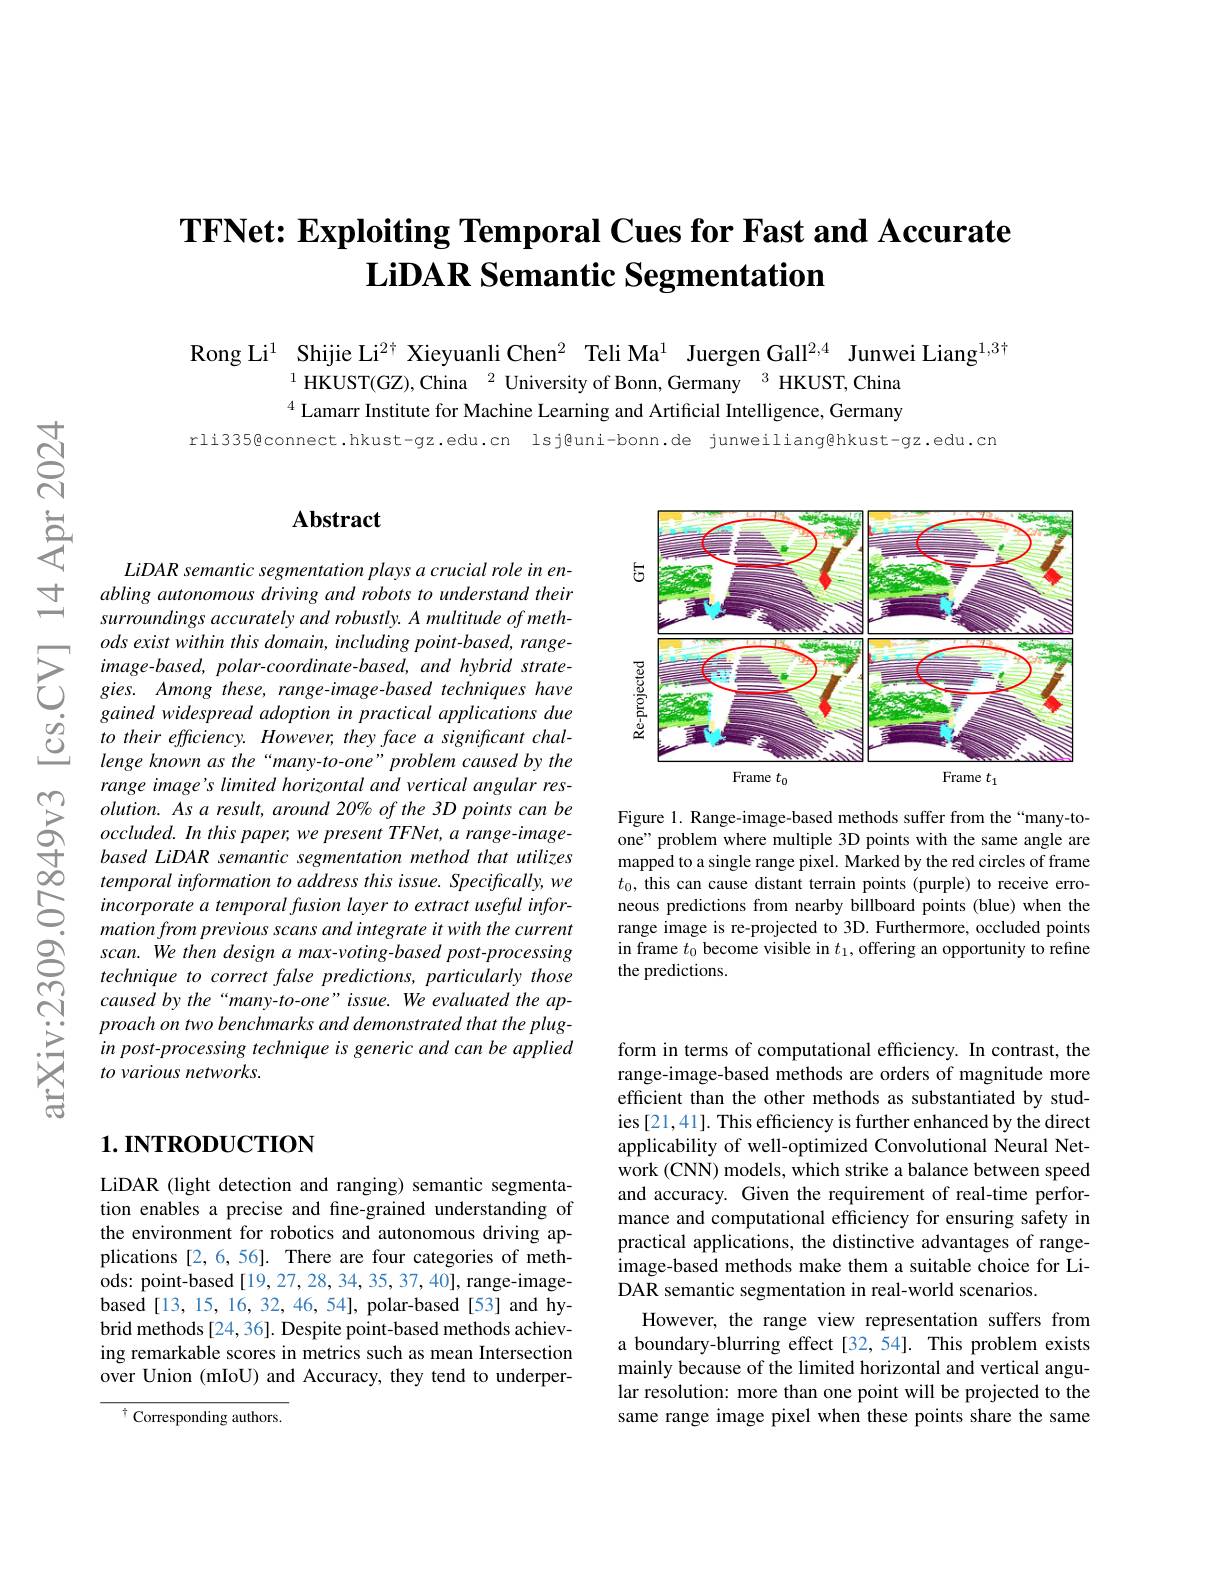
# TFNet: Exploiting Temporal Cues for Fast and Accurate $\textbf{LiDAR Semantic Segmentation}$

Rong Li$^{1}$ Shijie Li$^{2\dagger}$ Xieyuanli Chen$^{2}$ Teli Ma$^{1}$ Juergen Gall$^{2,4}$ Junwei Liang$^{1,3\dagger}$
$^{1}$HKUST(GZ),China$^{2}$University of Bonn, Germany$^{3}$HKUST, China $^{4}$ Lamarr Institute for Machine Learning and Artificial Intelligence, Germany

rli335@connect.hkust-gz.edu.cn lsj@uni-bonn.de junweiliang@hkust-gz.edu.cn

### $\mathbf{Abstract}$

LiDAR semantic segmentation plays a crucial role in enabling autonomous driving and robots to understand their surroundings accurately and robustly. A multitude of meth- $ods\textit{ exist within this domain, including point- based, range- }$ $image-based,polar-coordinate-based,andhybridstrate-$ gies. Among these, range-image-based techniques have gained widespread adoption in practical applications due to their efficiency. However, they face a significant challenge known as the“many- to- one” problem caused by the range image's limited horizontal and vertical angular res- $olution.$ As a result, around 20% of the 3D points can be $occluded.In$ this paper, we present TFNet, a range- imagebased LiDAR semantic segmentation method that utilizes temporal information to address this issue. Specifically, we incorporate a temporal fusion layer to extract useful information from previous scans and integrate it with the current scan. We then design a max-voting-based post-processing technique to correct false predictions, particularly those
$\begin{array}{ccc}&\text{technique to correct false predictions, particularly those}\\\text{CN}&\text{caused by the“many-to-one”issue.We evaluated the ap-}\\&\text{proach on two benchmarks and demonstrated that the plug-}\end{array}$
proach on two benchmarks and demonstrated that the plugin post-processing technique is generic and can be applied to various networks.

# 1. INTRODUCTION

LiDAR (light detection and ranging) semantic segmentation enables a precise and fine-grained understanding of the environment for robotics and autonomous driving applications [2,6,56]. There are four categories of methods: point-based[19,27,28,34,35,37,40], range-imagebased[13,15,16,32,46,54], polar-based[53] and hybrid methods[24,36]. Despite point-based methods achieving remarkable scores in metrics such as mean Intersection over Union (mIoU) and Accuracy, they tend to underper-

$^{\dagger}$ Corresponding authors.

<FigureHere>

Figure 1. Range-image-based methods suffer from the“many-toone" problem where multiple 3D points with the same angle are mapped to a single range pixel. Marked by the red circles of frame $t_0$, this can cause distant terrain points (purple) to receive erroneous predictions from nearby billboard points (blue) when the range image is re-projected to 3D. Furthermore, occluded points in frame $t_0$ become visible in $t_1$, offering an opportunity to refine the predictions.

form in terms of computational efficiency. In contrast, the range-image-based methods are orders of magnitude more efficient than the other methods as substantiated by studies[21,41]. This efficiency is further enhanced by the direct applicability of well-optimized Convolutional Neural Network (CNN) models, which strike a balance between speed and accuracy. Given the requirement of real-time performance and computational efficiency for ensuring safety in practical applications, the distinctive advantages of rangeimage-based methods make them a suitable choice for LiDAR semantic segmentation in real-world scenarios.
However, the range view representation suffers from a boundary-blurring effect [32,54]. This problem exists mainly because of the limited horizontal and vertical angular resolution: more than one point will be projected to the same range image pixel when these points share the same